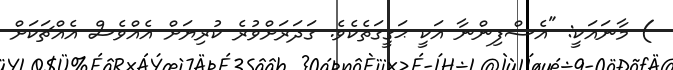
) މާނައަކީ: "އެސްފިންނާ އަކީ ޙަގީގަތެކެވެ. ގަދަރަށްވުރެ ކުރިޔަށް އެއްވެސް އެއްޗަކަށް